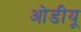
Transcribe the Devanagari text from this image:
ओडीयू